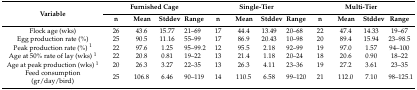
| <ROWSPAN=2> Variable | <COLSPAN=4> Furnished Cage | <COLSPAN=4> Single-Tier | <COLSPAN=4> Multi-Tier |
 | n | Mean | Stddev | Range | n | Mean | Stddev | Range | n | Mean | Stddev | Range |
 | --- | --- | --- | --- | --- | --- | --- | --- | --- | --- | --- | --- | --- |
 | Flock age (wks) | 26 | 43.6 | 15.77 | 21–69 | 17 | 44.4 | 13.49 | 20–68 | 22 | 47.4 | 14.33 | 19–67 |
 | Egg production rate (%) | 25 | 90.5 | 11.16 | 55–99 | 17 | 86.9 | 20.43 | 10–98 | 20 | 89.4 | 15.94 | 23–98.5 |
 | Peak production rate (%) 1 | 22 | 97.6 | 1.25 | 95–99.2 | 12 | 95.5 | 2.18 | 92–99 | 19 | 97.0 | 1.57 | 94–100 |
 | Age at 50% rate of lay (wks) 1 | 22 | 20.8 | 0.81 | 19–22 | 13 | 21.4 | 1.18 | 20–24 | 18 | 20.6 | 0.90 | 18–22 |
 | Age at peak production (wks) 1 | 20 | 26.3 | 3.27 | 22–35 | 13 | 26.3 | 4.11 | 23–36 | 19 | 27.2 | 3.61 | 23–35 |
 | Feed consumption (gr/day/bird) | 25 | 106.8 | 6.46 | 90–119 | 14 | 110.5 | 6.58 | 99–120 | 21 | 112.0 | 7.10 | 98–125.1 |